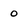
Character: 0